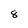
Character: 8